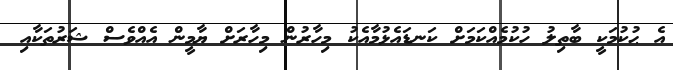
އެ ޙުކުމަކީ ބާތިލު ހުކުމެއްކަމަށް ކަނޑައެޅުމާއެކު މިހާރުން މިހާރަށް ޔާމީން އެއްވެސް ޝަރުތަކާއި